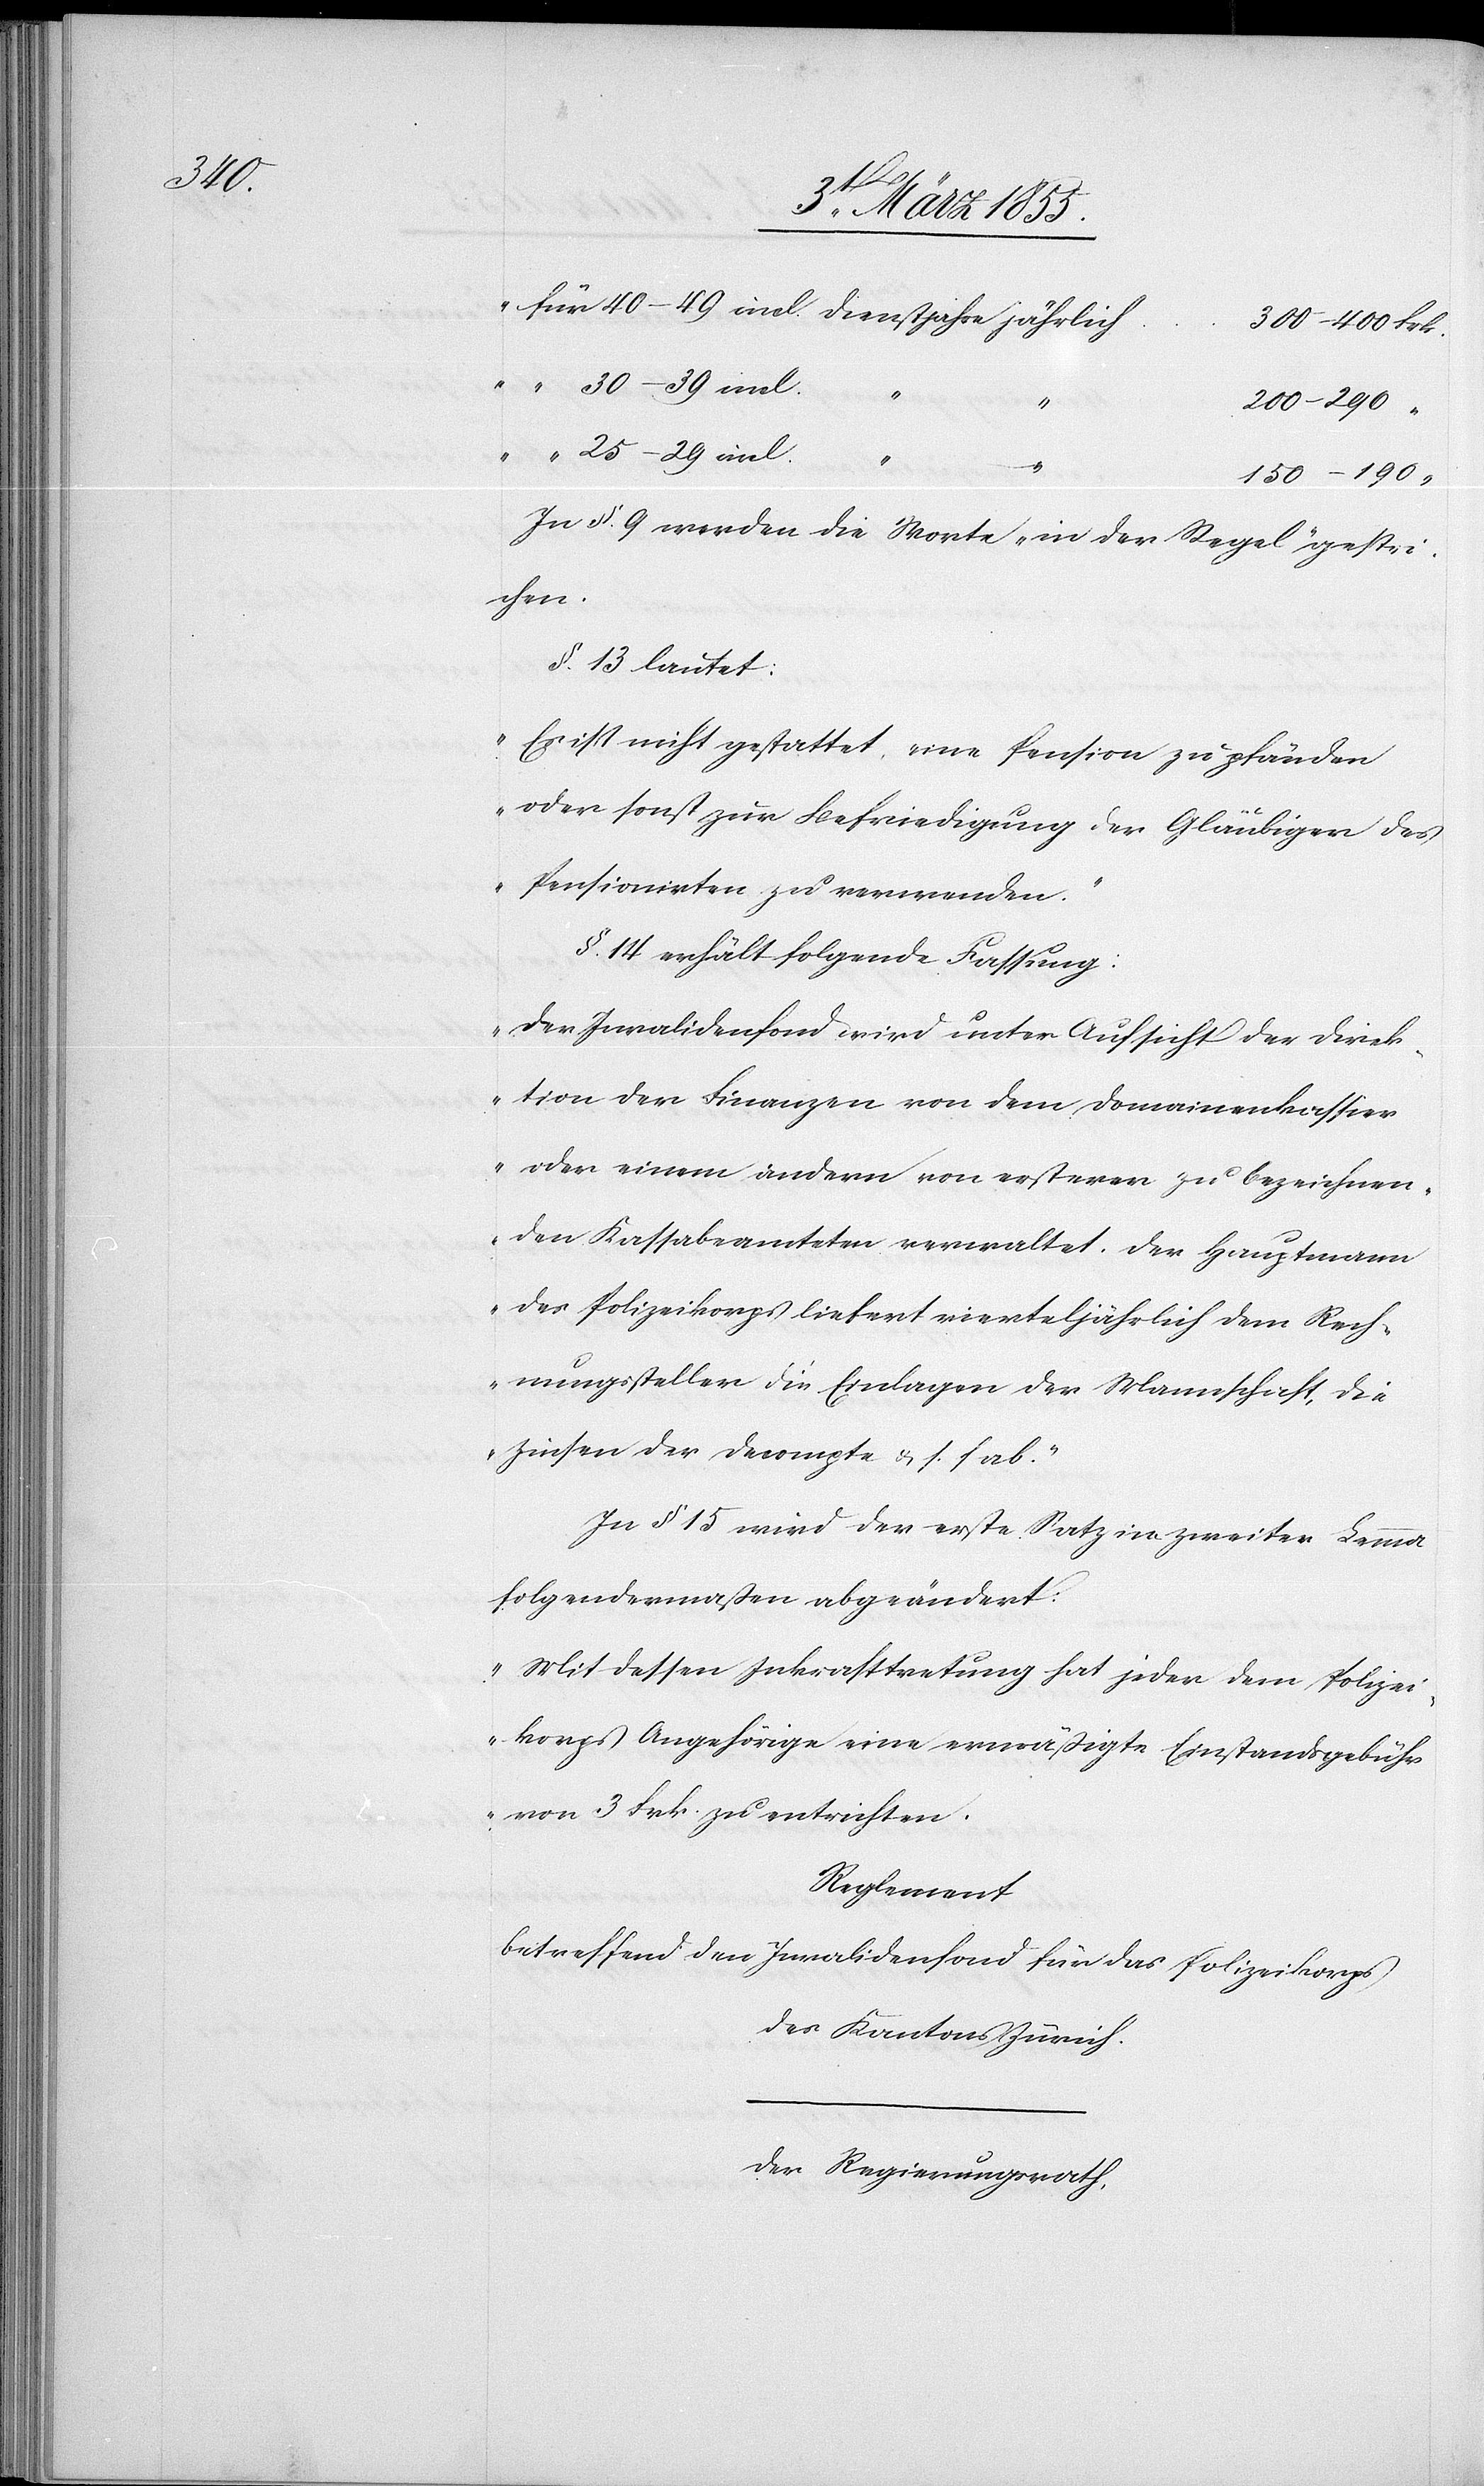
für 40–49 incl. Dienstjahre jährlich
300–400 Frk.
“ 30–39 incl.
200–290 “
incl.
150–190 “
In §. 9 werden die Worte „in der Regel“ gestri¬
chen.
§. 13 lautet:
„Es ist nicht gestattet, eine Pension zu pfänden
oder sonst zur Befriedigung der Gläubiger des
Pensionirten zu verwenden.“
§. 14 erhält folgende Fassung:
„Der Invalidenfond wird unter Aufsicht der Direk¬
tion der Finanzen von dem Domainenkassier
oder einem andern von ersterer zu bezeichnen¬
den Kassabeamteten verwaltet. Der Hauptmann
des Polizeikorps liefert vierteljährlich dem Rech¬
nungssteller die Einlagen der Mannschaft, die
Zinsen der Decompte & s. f. ab.“
In § 15 wird der erste Satz in zweiter Lemma
folgendermaßen abgeändert.
„Mit dessen Inkrafttretung hat jeder dem Polizei¬
korps Angehörige eine ermäßigte Einstandsgebühr
von 3 Frk. zu entrichten.[“]
_______
betreffend den Invalidenfond für das Polizeikorps
des Kantons Zürich.
Der Regierungsrath,